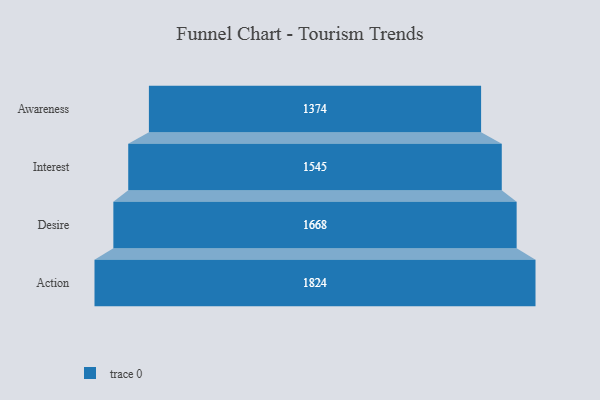
{"axis": {"x": "Stage", "y": "Value"}, "legend": [""], "data": [{"x": "Awareness", "y": 1374.0, "type": ""}, {"x": "Interest", "y": 1545.0, "type": ""}, {"x": "Desire", "y": 1668.0, "type": ""}, {"x": "Action", "y": 1824.0, "type": ""}]}